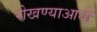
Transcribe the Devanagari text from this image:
रोखण्याआधी